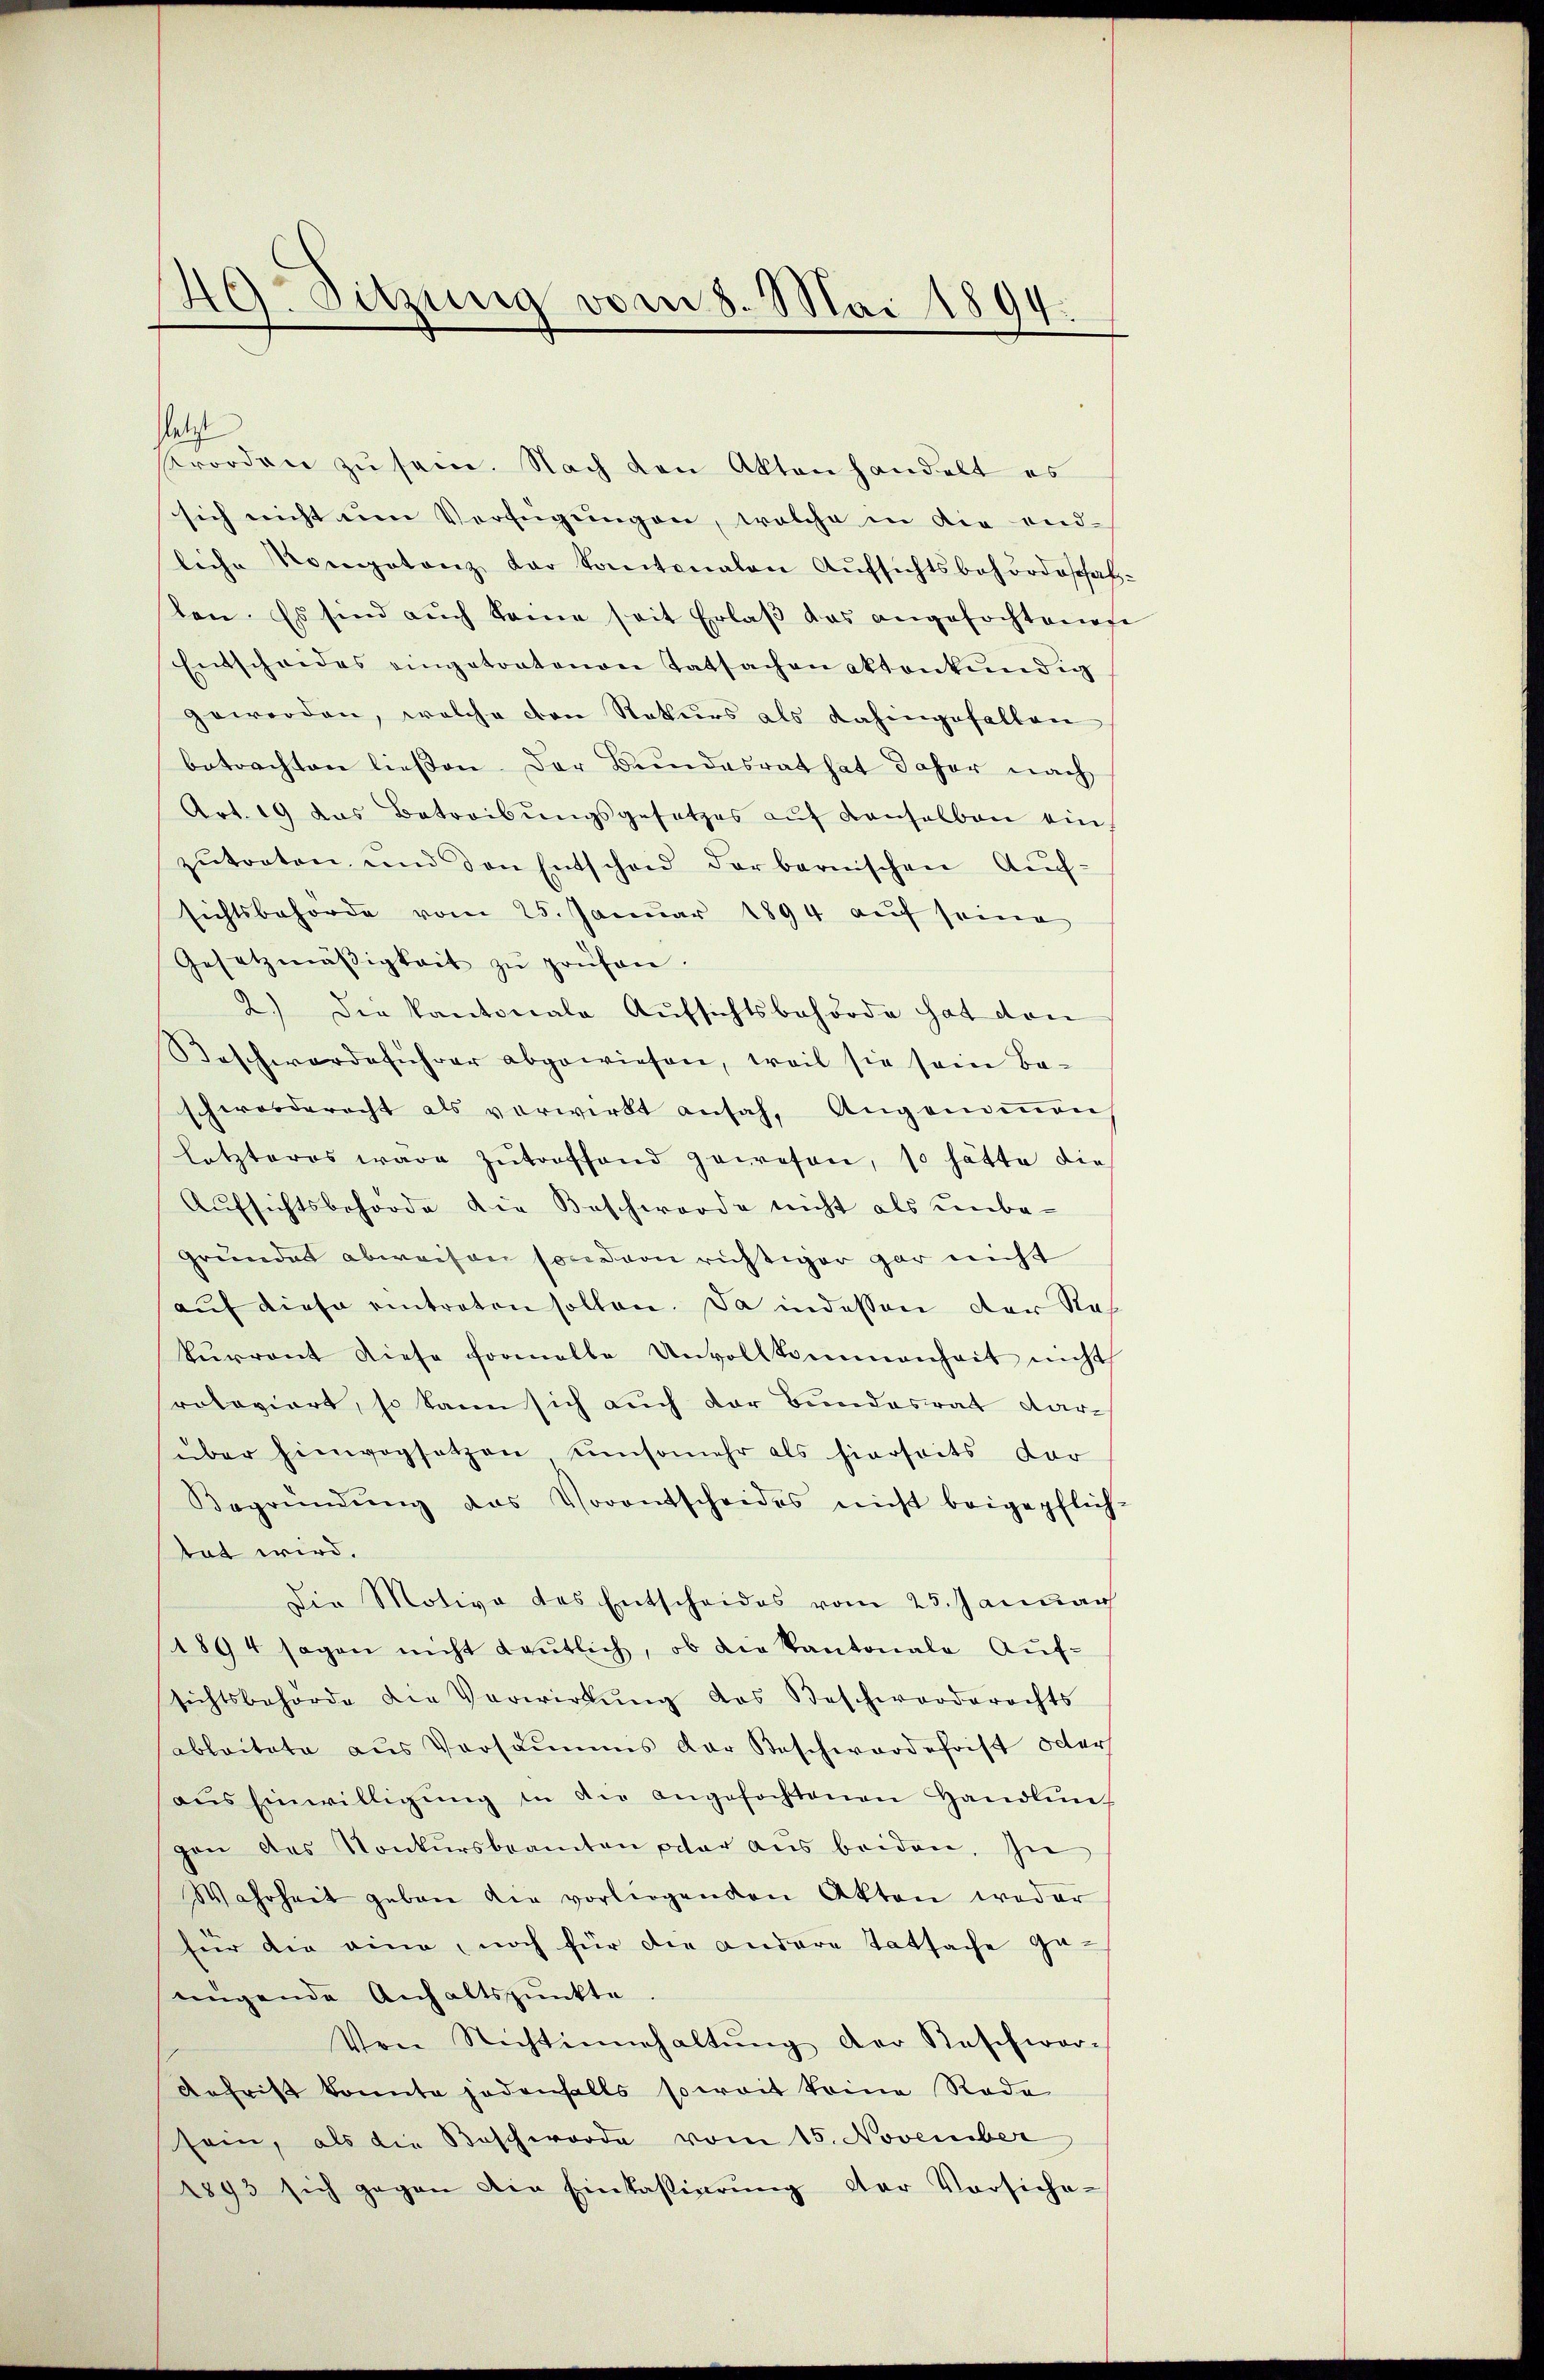
9. Sitzung vom 8. Mai 1894

sletzt
Brorden zŭ sein. Nach den Akten handelt es
sich nicht um Verfügŭngen, welche in die end-
liche Kompetenz dar kantonalen Aufsichtsbehördeschaflen. Es sind auch kome seit Erlaβ das angefochtenage
Entscheides eingetratenen Tatsachen Aktenkündig
geworden, welche den Rekurs als dahingefallen
betrachten ließen. Der Bundesrat hat daher nach
Art. 19 das Betreibŭngsgesetzes aŭf denselben ein
zŭtreten, und den Entschaid der bernischen Aŭf-
sichtsbehörde vom 25. Januar 1894 aŭf seine
Gesetzmäßigkeit zŭ prüfen.
2.) Die Kantonale Aufsichtsbehörde hat dan
Beschwerdeführer abgewiesen, weil sie sein Be-
schwerderecht als verwirkt ansah, Angenoṁen
letzteres wäre zŭtreffend gewesen, so hätte die
Aufsichtsbehörde die Beschworde nicht als unbegrundes abweisen sondern richtiger gar nicht
aŭf diese eintreten sollen. Da indessen der Reskŭrront diese formelle Unvollkommenheit nicht
rotaviert, so kann sich auch der Bundesrat darüber hinwegsetzen umsomehr als hierseits dar
Begründŭng das Vorentscheides nicht beigepflich-
tat wird.
Die Motive des Entscheides vom 25. Januar
1894 sagen nicht deutlich, ob die Kantonale Auf-
sichtsbehörde die Verwirkŭng das Beschworderachts
ableitete aus Versammes der Beschwerdefrist oder
aŭs Einwilligŭng in die angefochtenen Handlin-
gen des Konkursbeamten par aus beiden, in
Wahrheit geben die vorliegenden Akten weder
für die eine, noch für die andere Tatsache ge-
nügende Anhaltspunkte
Von Nichtinnhaltŭng der Kaschwar-
Aefrist konnte jedenfalls soweit keine Rode
sein, als die Beschworde vom 15. November
2893 sich gegen die Einkassierŭng der Vorsiche-